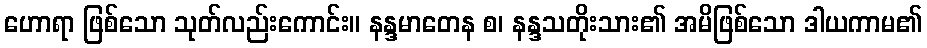
ဟောရာ ဖြစ်သော သုတ်လည်းကောင်း။ နန္ဒမာတေန စ၊ နန္ဒသတိုးသား၏ အမိဖြစ်သော ဒါယကာမ၏